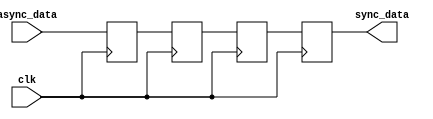
module triple_ff_synchronizer (
    input wire clk,       // Synchronous clock input
    input wire async_data, // Asynchronous input signal to be synchronized
    output reg sync_data   // Synchronized output signal
);

    // Internal flip-flop signals
    reg ff1, ff2, ff3;

    // Always block triggered on the rising edge of the clock
    always @(posedge clk) begin
        ff1 <= async_data; // First flip-flop captures async_data
        ff2 <= ff1;        // Second flip-flop captures output of FF1
        ff3 <= ff2;        // Third flip-flop captures output of FF2

        sync_data <= ff3;  // Final output is the state of the third flip-flop
    end

endmodule